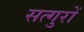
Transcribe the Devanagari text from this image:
सत्गुरों